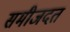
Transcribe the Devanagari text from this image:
समीजदत